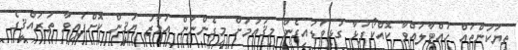
ތިޔަކަންތައް ހުއްޓާލައްވާ ކޮއްކޯފުޅާ ގުޅިވަޑައިގެން މިޤައުމަށް މިގެންނަން އަމާޒު ޔަޤީން ކޮށްފައިވާ ތަރައްޤީގެ